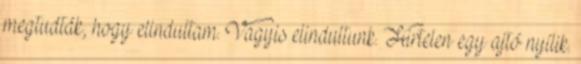
megtudták, hogy elindultam. Vagyis elindultunk. Hirtelen egy ajtó nyílik.